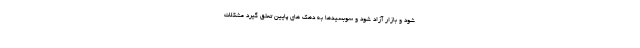
شود و بازار آزاد شود و سوبسیدها به دهک های پایین تعلق گیرد مشکلات